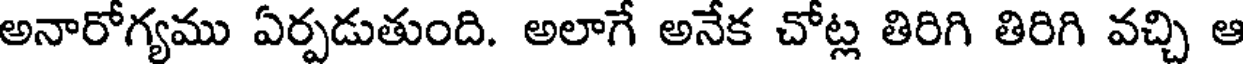
అనారోగ్యము ఏర్పడుతుంది. అలాగే అనేక చోట్ల తిరిగి తిరిగి వచ్చి ఆ